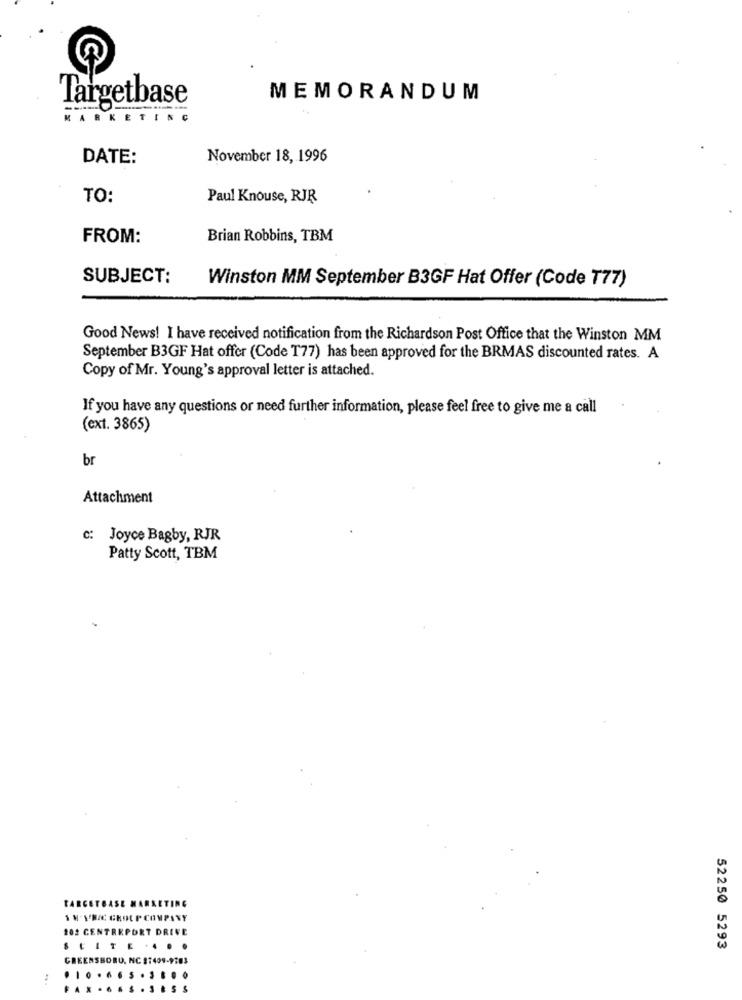
Targetbase
MEMORANDUM
MARKETIN
DATE:
November 18, 1996
TO:
Paul Knouse, RJR
FROM:
Brian Robbins, TBM
SUBJECT:
Winston MM September B3GF Hat Offer (Code T77)
Good News! I have received notification from the Richardson Post Office that the Winston MM
September B3GF Hat offer (Code T77) has been approved for the BRMAS discounted rates. A
Copy of Mr. Young's approval letter is attached.
If you have any questions or need further information, please feel free to give me a call
(ext. 3865)
br
Attachment
c: Joyce Bagby, RJR
Patty Scott, TBM
1 N.I.R/C GROUPCOMPANY
102 CENTREPORT DRIVE
52250 5293
GREENSBORO, NC 37409-9783
: